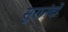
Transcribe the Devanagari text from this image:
सुरानंदो